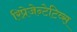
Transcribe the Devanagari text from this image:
रिप्रेजेन्टेटिव्स